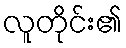
လူတိုင်း၏